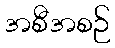
အစီအစဉ်